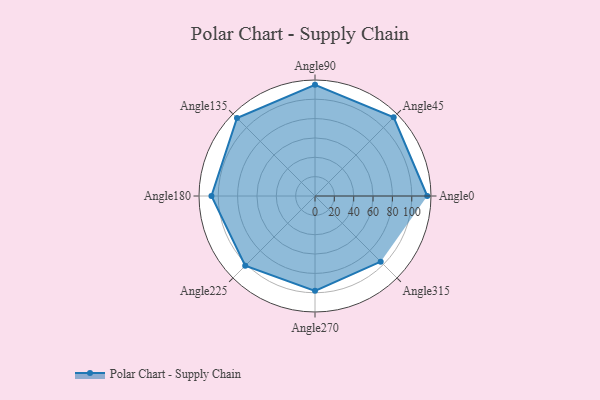
{"axis": {"x": "Angle", "y": "Radius"}, "legend": [""], "data": [{"x": "Angle0", "y": 116.0, "type": ""}, {"x": "Angle45", "y": 115.0, "type": ""}, {"x": "Angle90", "y": 115.0, "type": ""}, {"x": "Angle135", "y": 114.0, "type": ""}, {"x": "Angle180", "y": 107.0, "type": ""}, {"x": "Angle225", "y": 102.0, "type": ""}, {"x": "Angle270", "y": 98.0, "type": ""}, {"x": "Angle315", "y": 96.0, "type": ""}]}